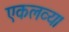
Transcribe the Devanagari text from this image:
एकलव्य।